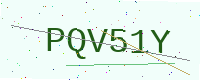
Text: PQV51Y